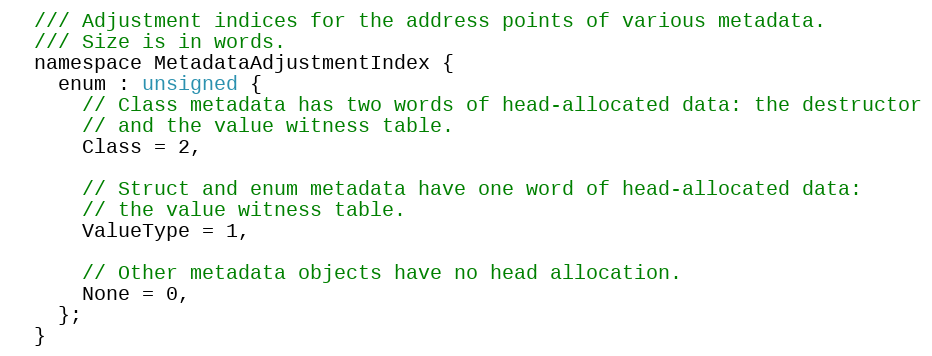
Language: C
  /// Adjustment indices for the address points of various metadata.
  /// Size is in words.
  namespace MetadataAdjustmentIndex {
    enum : unsigned {
      // Class metadata has two words of head-allocated data: the destructor
      // and the value witness table.
      Class = 2,

      // Struct and enum metadata have one word of head-allocated data:
      // the value witness table.
      ValueType = 1,

      // Other metadata objects have no head allocation.
      None = 0,
    };
  }